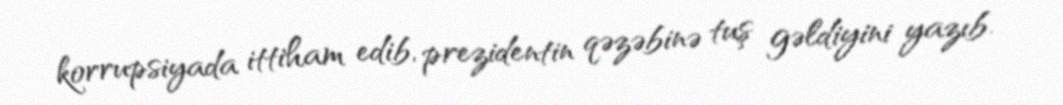
korrupsiyada ittiham edib, prezidentin qəzəbinə tuş gəldiyini yazıb.